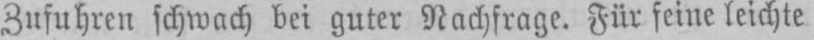
Zufuhren schwach bei guter Nachfrage. Für feine leichte